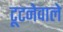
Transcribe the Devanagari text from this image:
टूटनेवाले